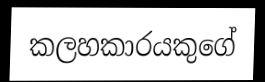
කලහකාරයකුගේ